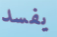
يفسد